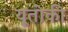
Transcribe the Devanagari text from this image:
यूतोकी